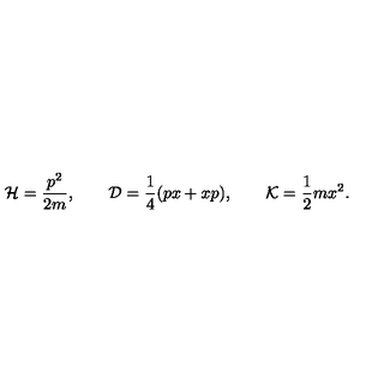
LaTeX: { \cal H } = \frac { p ^ { 2 } } { 2 m } , \qquad { \cal D } = \frac { 1 } { 4 } ( p x + x p ) , \qquad { \cal K } = \frac { 1 } { 2 } m x ^ { 2 } .